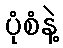
ပုံစံနဲ့